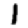
Digit: 1